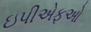
ઇપીએફઓ